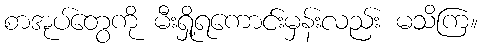
စာအုပ်တွေကို မီးရှို့ရကောင်းမှန်းလည်း မသိကြ။